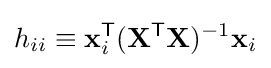
h_{ii}\equiv \mathbf {x} _{i}^{\mathsf {T}}(\mathbf {X} ^{\mathsf {T}}\mathbf {X} )^{-1}\mathbf {x} _{i}